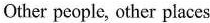
Other people, other places